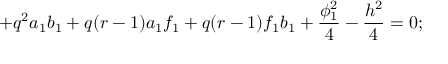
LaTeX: + q ^ { 2 } a _ { 1 } b _ { 1 } + q ( r - 1 ) a _ { 1 } f _ { 1 } + q ( r - 1 ) f _ { 1 } b _ { 1 } + \frac { \phi _ { 1 } ^ { 2 } } { 4 } - \frac { h ^ { 2 } } { 4 } = 0 ;